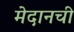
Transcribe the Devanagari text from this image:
मेदानची